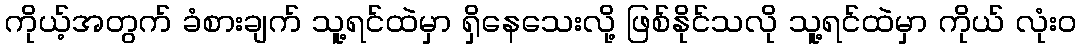
ကိုယ့်အတွက် ခံစားချက် သူ့ရင်ထဲမှာ ရှိနေသေးလို့ ဖြစ်နိုင်သလို သူ့ရင်ထဲမှာ ကိုယ် လုံးဝ